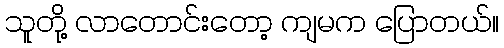
သူတို့ လာတောင်းတော့ ကျမက ပြောတယ်။